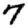
Digit: 7